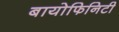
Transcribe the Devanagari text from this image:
बायोफिनिटी